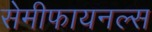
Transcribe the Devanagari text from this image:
सेमीफायनल्स